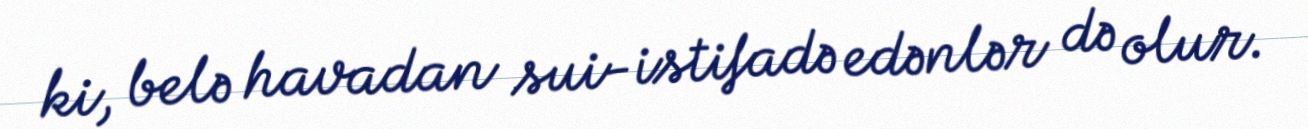
ki, belə havadan sui-istifadə edənlər də olur.